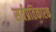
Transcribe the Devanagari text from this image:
सर्वप्रतिकारक